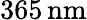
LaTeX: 365\, \mathrm{nm}